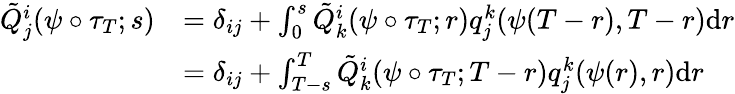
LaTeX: \begin{array}{rl}{\tilde{Q}_{j}^{i}(\psi\circ\tau_{T};s)}&{=\delta_{ij}+\int_{0}^{s}\tilde{Q}_{k}^{i}(\psi\circ\tau_{T};r)q_{j}^{k}(\psi(T-r),T-r)\textrm{d}r}\\ &{=\delta_{ij}+\int_{T-s}^{T}\tilde{Q}_{k}^{i}(\psi\circ\tau_{T};T-r)q_{j}^{k}(\psi(r),r)\textrm{d}r}\end{array}